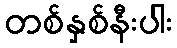
တစ်နှစ်နီးပါး